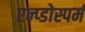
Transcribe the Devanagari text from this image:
एन्प्डोस्पर्म